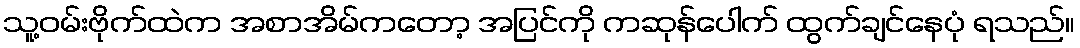
သူ့ဝမ်းဗိုက်ထဲက အစာအိမ်ကတော့ အပြင်ကို ကဆုန်ပေါက် ထွက်ချင်နေပုံ ရသည်။